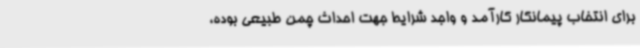
برای انتخاب پیمانکار کارآمد و واجد شرایط جهت احداث چمن طبیعی بوده،